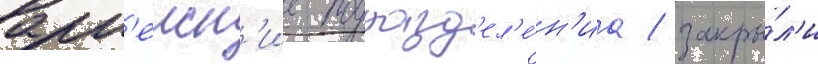
арм'еиск'ие подразд'ел'е́н'иа / закры́л'и